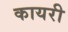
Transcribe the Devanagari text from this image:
कायरी